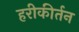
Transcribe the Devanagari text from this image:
हरीकीर्तन